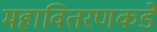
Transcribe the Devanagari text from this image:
महावितरणकडे